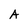
Character: A